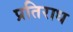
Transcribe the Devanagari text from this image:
प्रतिराध